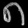
Digit: ၈